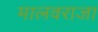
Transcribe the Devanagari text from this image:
मालवराजा